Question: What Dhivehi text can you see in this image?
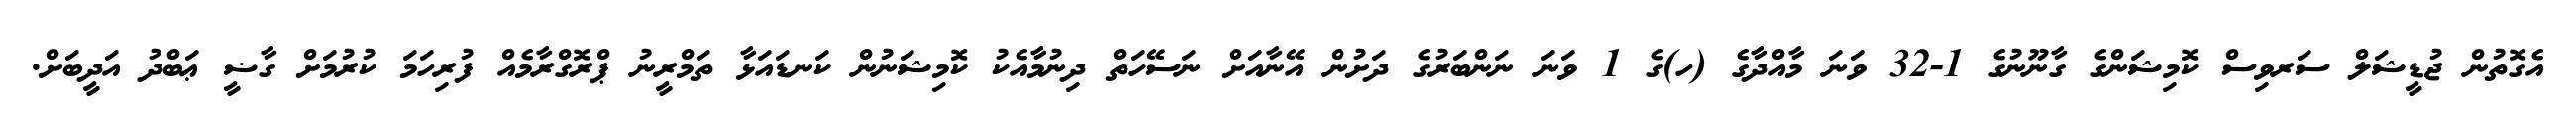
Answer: އެގޮތުން ޖުޑީޝަލް ސަރވިސް ކޮމިޝަންގެ ގާނޫނުގެ 1-32 ވަނަ މާއްދާގެ (ހ)ގެ 1 ވަނަ ނަންބަރުގެ ދަށުން އޭނާއަށް ނަސޭހަތް ދިނުމާއެކު ކޮމިޝަނުން ކަނޑައަޅާ ތަމްރީނު ޕްރޮގްރާމެއް ފުރިހަމަ ކުރުމަށް ގާޟީ ޢަބްދު އަދީބަށް.